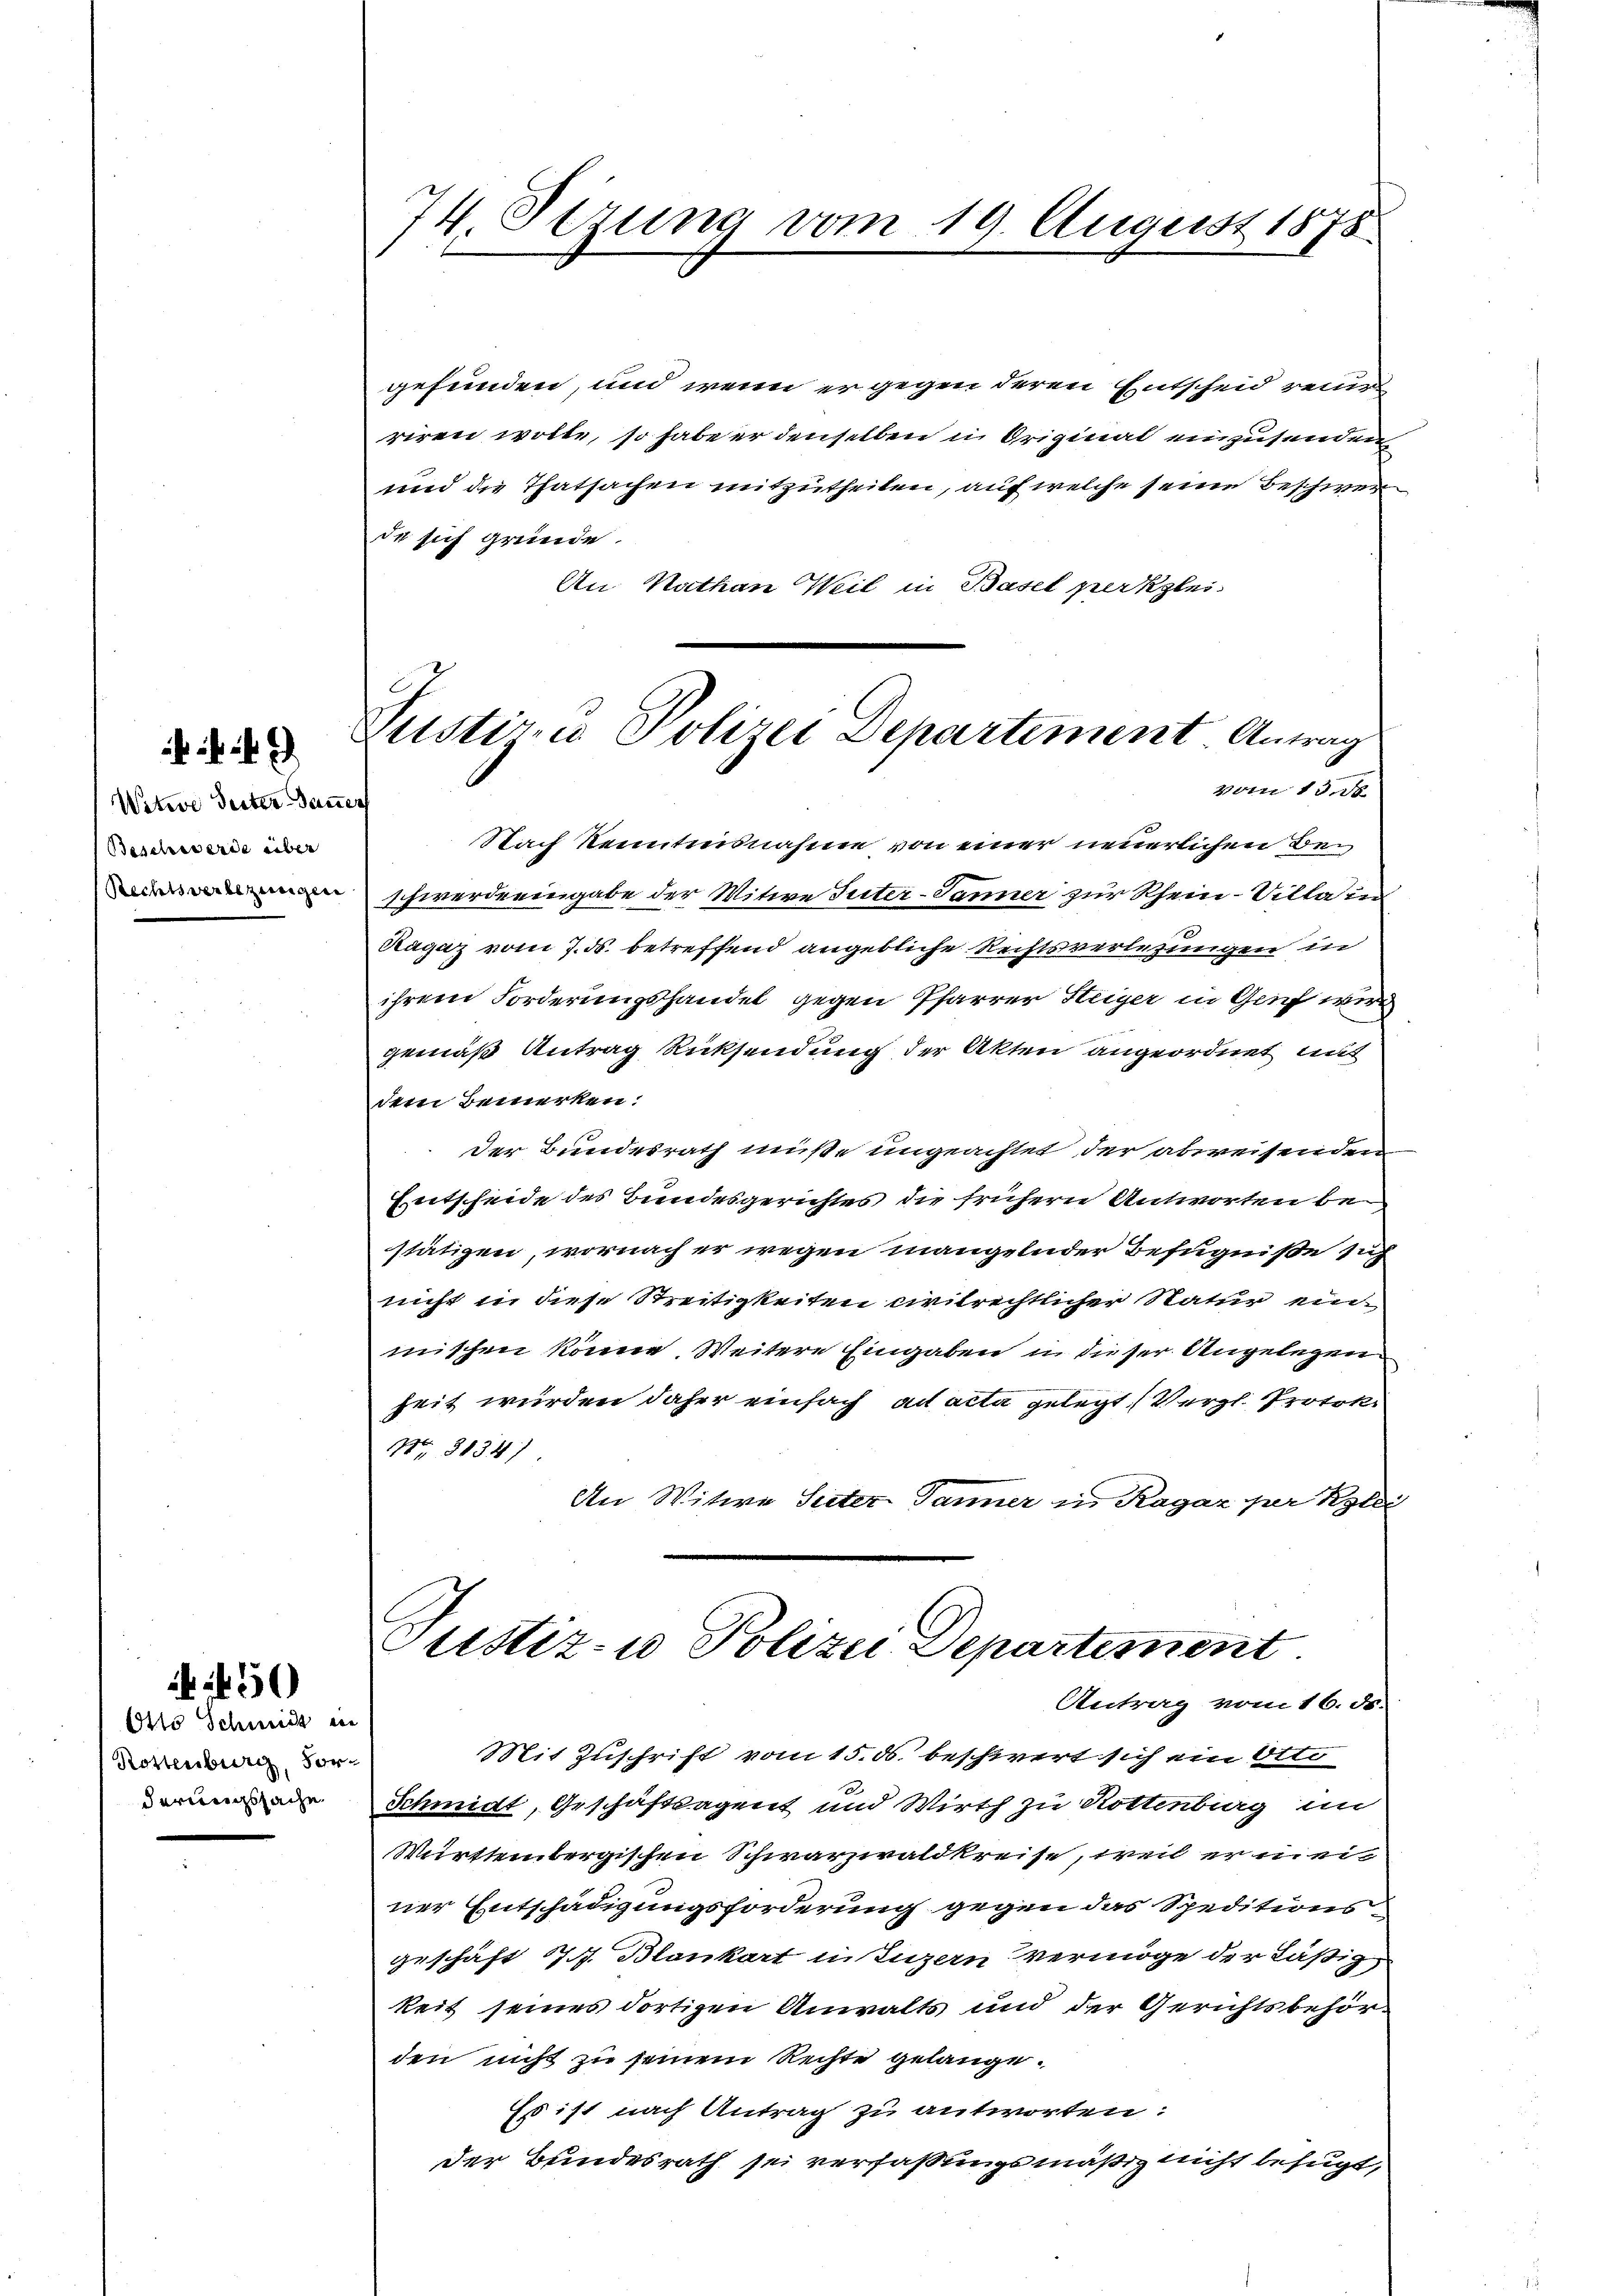
Witwe Seiter Dauer
Beschwerde über
Rechtsverbezungen

Otto Schmidt ein
Rottenburg, Forderungssache

50

gefunden, und wenn er gegen deren Entscheid reines
riren wolle, so habe er denselben in Original einzusenden
und die Thatsachen mitzutheilen, auf welche seine Beschwer
de sich gründe.
An Kathan Weil in Basel perklei

74. Sezung vom 19. August 1878.

Justiren Polizei Departiment Antrag
vom 13. de

Nach kenntnisnahme von einer neuerlichen Be¬
Schwerde eingabe der Witwe Seiter-Jänner zur Rhein-Villa in
Ragaz vom 7. ds. betreffend angebliche Rechtsverlesungen in
ihrem Forderungshandel gegen Pfarrer Steiger in Genf wird
gemäß Antrag Rücksendung der Akten angeordnet mit
dem Bemerken:
Der Bundesrath müße ungeachtet der abweisenden
Entscheide des Bundesgerichtes die frühern Antworten bestätigen, wornach er wegen mangelnder Befugniße sich
nicht in diese Streitigkeiten civilrichtlicher Natur einmischen könne Weitere Eingaben u dieser Angelegen
heit wurden daher einfach ad acta gelegt. (Vergl. Protok
Nr. 3134)
An Witwe Seiter Janner in Ragaz per Koldi,
Justiz- u Polizei Departement
Antrag vom 16. Fr.
Mit Zuschrift vom 15. ds. beschwert sich ein Otte
Schmidt, Geschäftsagent und Wirth zu Rottenburg im
Württembergischen Schwarzwaldkreise, weil er meiner Entschädigungsforderung gegen das Speditionsgeschaft 17 Blankart in Luzern vermöge der Läßig
keit seines dortigen Anwalts und der Gerichtsbehörden nicht zu seinem Rechte gelange.
Es ist nach Antrag zu antworten:
der Bundesrath sei verfaßungsmäßig nicht befugt,